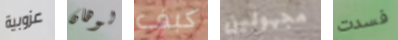
عزوبية لوهان كبف مجهولين فسدت